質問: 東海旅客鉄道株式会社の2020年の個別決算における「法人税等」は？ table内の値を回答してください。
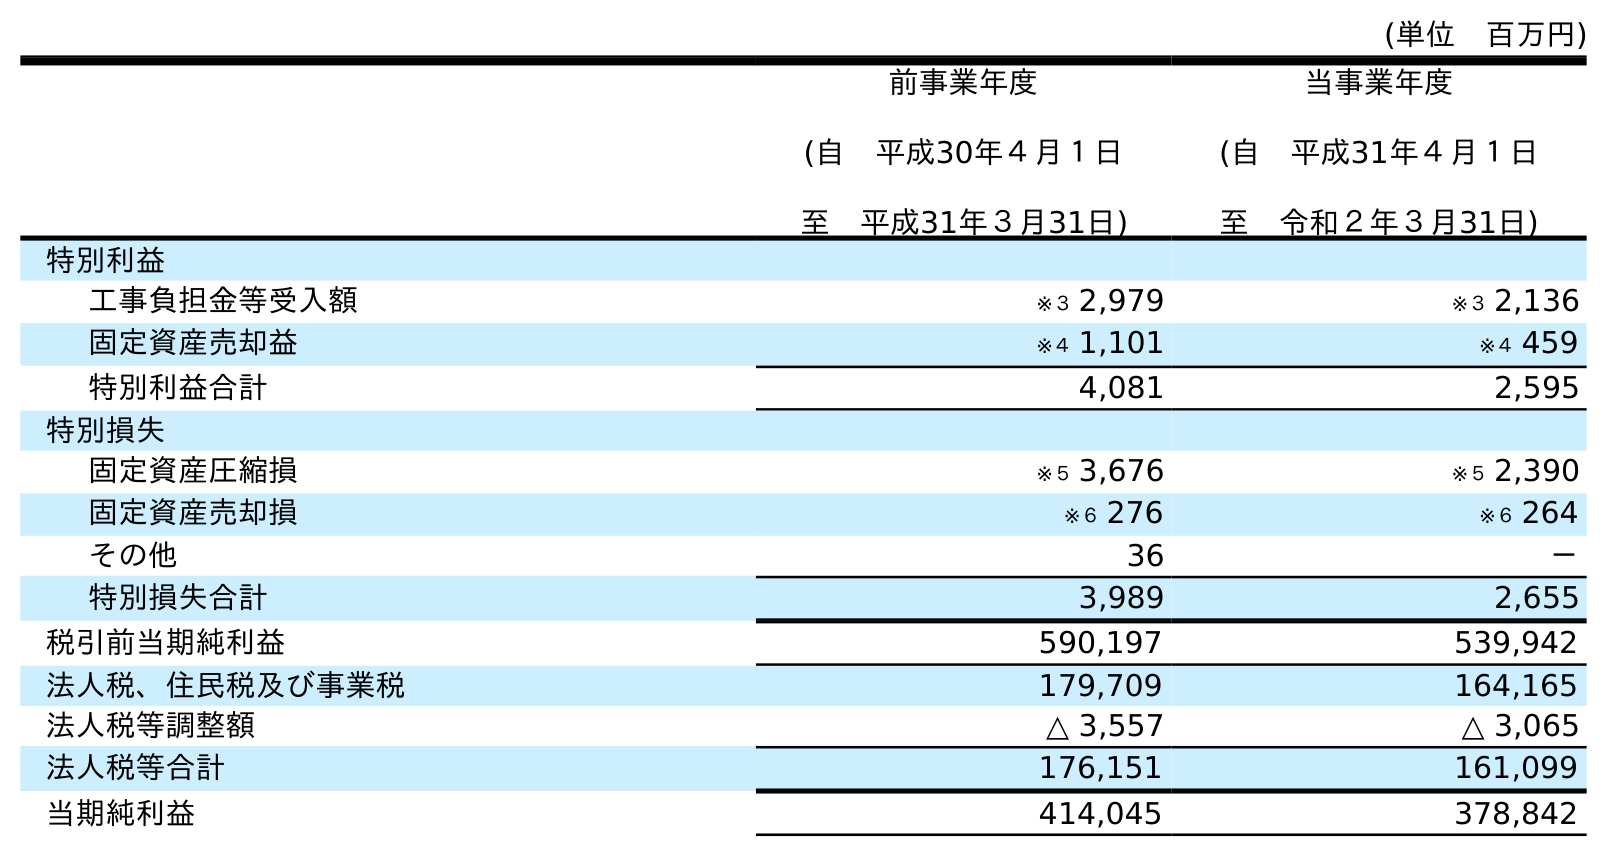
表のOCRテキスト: (単位 百万円) 前事業年度 (自 平成30年４月１日 至 平成31年３月31日) 当事業年度 (自 平成31年４月１日 至 令和２年３月31日) 特別利益 工事負担金等受入額 ※３ 2,979 ※３ 2,136 固定資産売却益 ※４ 1,101 ※４ 459 特別利益合計 4,081 2,595 特別損失 固定資産圧縮損 ※５ 3,676 ※５ 2,390 固定資産売却損 ※６ 276 ※６ 264 その他 36 － 特別損失合計 3,989 2,655 税引前当期純利益 590,197 539,942 法人税、住民税及び事業税 179,709 164,165 法人税等調整額 △ 3,557 △ 3,065 法人税等合計 176,151 161,099 当期純利益 414,045 378,842
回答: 161,099